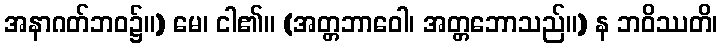
အနာဂတ်ဘဝ၌။) မေ၊ ငါ၏။ (အတ္တဘာဝေါ၊ အတ္တဘောသည်။) န ဘဝိဿတိ၊